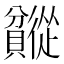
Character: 𬥯